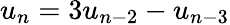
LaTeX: u_{n}=3u_{n-2}-u_{n-3}